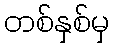
တစ်နှစ်မှ